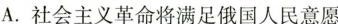
A.社会主义革命将满足俄国人民意愿